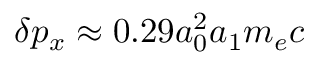
\delta p _ { x } \approx 0 . 2 9 a _ { 0 } ^ { 2 } a _ { 1 } m _ { e } c